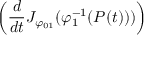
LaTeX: \left( { \frac { d } { d t } } J _ { \varphi _ { 0 1 } } ( \varphi _ { 1 } ^ { - 1 } ( P ( t ) ) ) \right)